Report of the Bombay Plague Committee
Disease focus: Plague
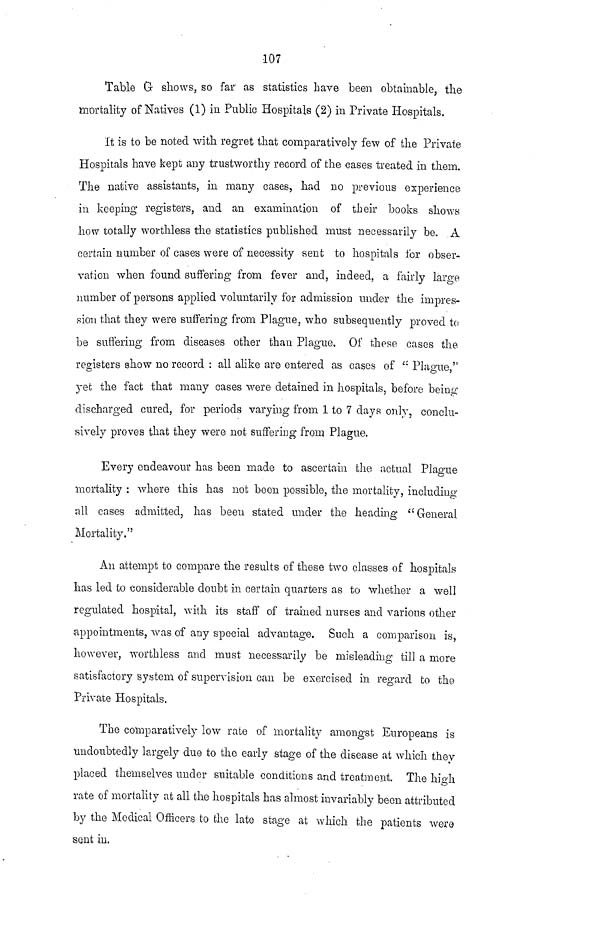
107
Table G shows, so far as statistics have been obtainable, the
mortality of Natives (1) in Public Hospitals (2) in Private Hospitals.
It is to be noted with regret that comparatively few of the Private
Hospitals have kept any trustworthy record of the cases treated in them.
The native assistants, in many cases, had no previous experience
in keeping registers, and an examination of their books shows
how totally worthless the statistics published must necessarily be. A
certain number of cases were of necessity sent to hospitals for obser-
vation when found suffering from fever and, indeed, a fairly large
number of persons applied voluntarily for admission under the impres-
sion that they were suffering from Plague, who subsequently proved to
be suffering from diseases other than Plague. Of these cases the
registers show no record : all alike are entered as cases of " Plague,"
O
yet the fact that many cases were detained in hospitals, before being
discharged cured, for periods varying from 1 to 7 days only, conclu-
sively proves that they were not suffering from Plague.
Every endeavour has been made to ascertain the actual Plague
mortality : where this has not been possible, the mortality, including
all cases admitted, has been stated under the heading " General
Mortality."
An attempt to compare the results of these two classes of hospitals
has led to considerable doubt in certain quarters as to whether a well
regulated hospital, with its staff of trained nurses and various other
appointments, was of any special advantage. Such a comparison is,
however, worthless and must necessarily be misleading till a more
satisfactory system of supervision can be exercised in regard to the
Private Hospitals.
The comparatively low rate of mortality amongst Europeans is
undoubtedly largely due to the early stage of the disease at which they
placed themselves under suitable conditions and treatment. The high
rate of mortality at all the hospitals has almost invariably been attributed
by the Medical Officers to the late stage at which the patients were
sent in.